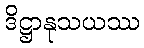
ဒိဋ္ဌာနုသယဿ